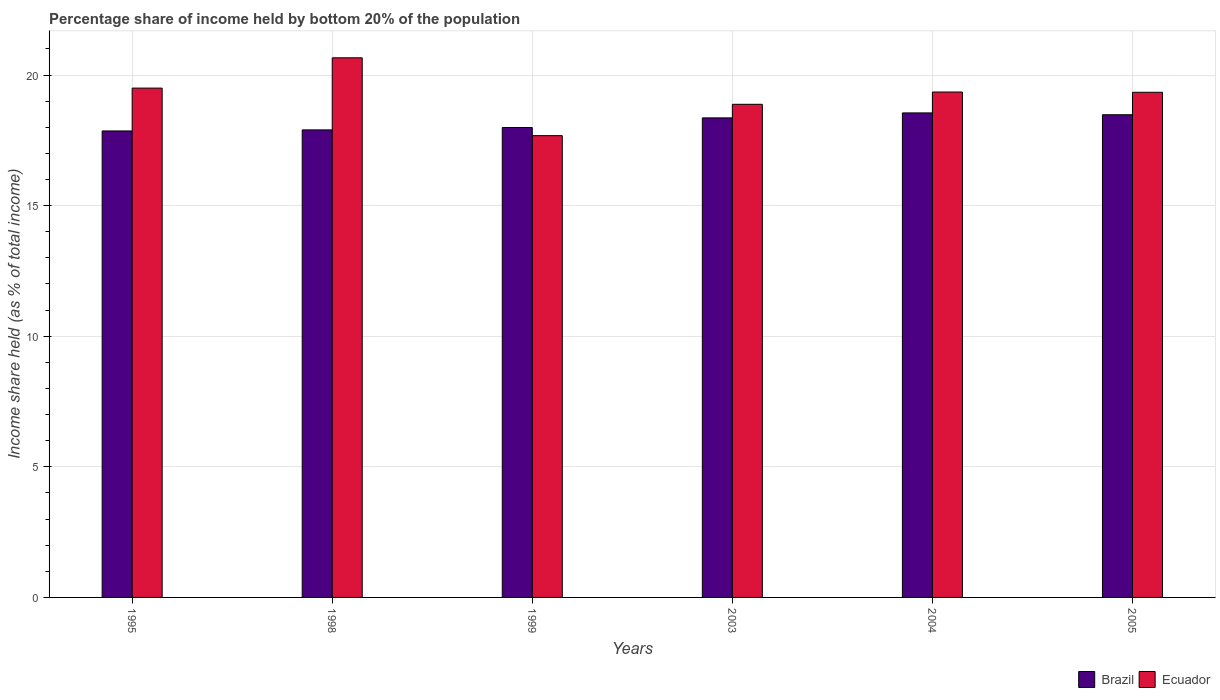
| Years | Brazil | Ecuador |
 | --- | --- | --- |
 | 1995 | 17.9 | 19.5 |
 | 1998 | 17.9 | 20.7 |
 | 1999 | 18 | 17.7 |
 | 2003 | 18.4 | 18.9 |
 | 2004 | 18.6 | 19.4 |
 | 2005 | 18.5 | 19.3 |